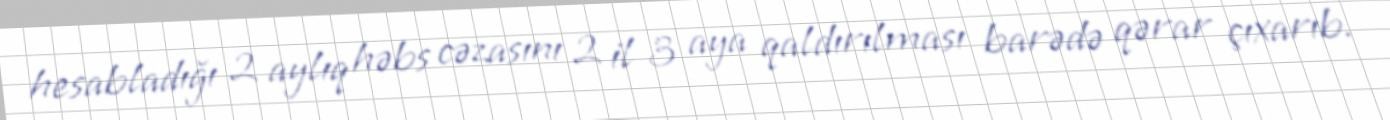
hesabladığı 2 aylıq həbs cəzasını 2 il 3 aya qaldırılması barədə qərar çıxarıb.